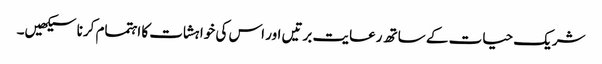
شریک حیات کے ساتھ رعایت برتیں اور اس کی خواہشات کا اہتمام کرنا سیکھیں۔